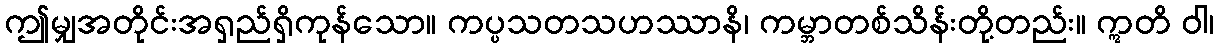
ဤမျှအတိုင်းအရှည်ရှိကုန်သော။ ကပ္ပသတသဟဿာနိ၊ ကမ္ဘာတစ်သိန်းတို့တည်း။ ဣတိ ဝါ၊